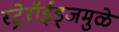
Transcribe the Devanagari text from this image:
स्ट्रेरॉईड्जमुळे